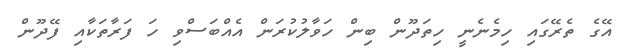
އޭގެ ތެރޭގައި ހިމެނެނީ ހިތަދޫން ބިން ހަވާލުކުރަން އެއްބަސްވި ހަ ފަރާތަކާއި ފޭދޫން